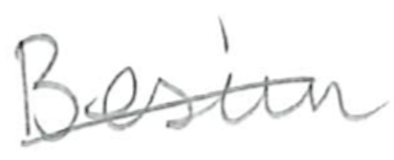
Text: Besim
Cross-out: diagonal
Writing tool: pencil